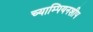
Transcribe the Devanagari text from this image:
च्याम्पियनशीप